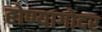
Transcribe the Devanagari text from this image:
होण्यागोदर